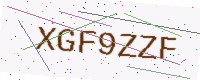
Text: XGF9ZZF